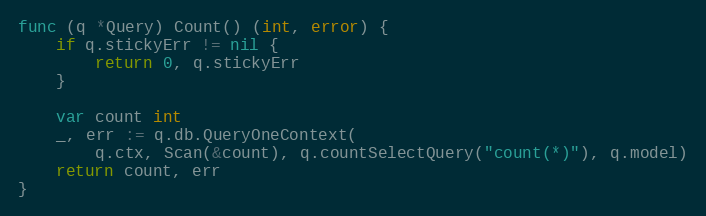
Language: Go
func (q *Query) Count() (int, error) {
	if q.stickyErr != nil {
		return 0, q.stickyErr
	}

	var count int
	_, err := q.db.QueryOneContext(
		q.ctx, Scan(&count), q.countSelectQuery("count(*)"), q.model)
	return count, err
}